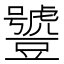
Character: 𧰑